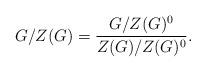
LaTeX: \begin{align*}G/Z(G) = \dfrac{G/Z(G)^0}{Z(G)/Z(G)^0}.\end{align*}